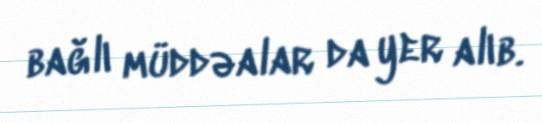
bağlı müddəalar da yer alıb.